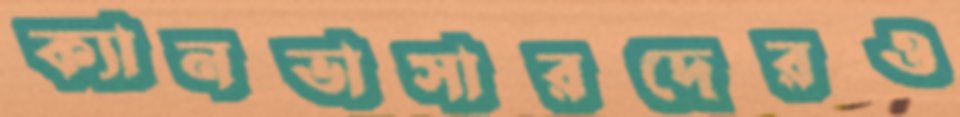
ক্যানভাসারদেরও